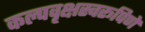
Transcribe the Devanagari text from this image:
कल्पवृक्षस्वरूपिणे